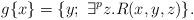
LaTeX: \begin{align*}g\{x\}=\{y;\ \exists^p z.R(x,y,z)\}.\end{align*}